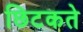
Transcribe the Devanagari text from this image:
छिटकते